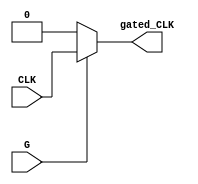
module clock_gating (
    input wire CLK,      // Main clock signal
    input wire G,       // Gating signal
    output wire gated_CLK // Gated clock signal to memory block
);

// Internal signals for PMOS and NMOS control
wire nG; // Inverted gating signal

// Invert the gating signal for NMOS control
assign nG = ~G;

// PMOS transistor implementation
// When G is high, PMOS is ON, allowing CLK to pass
// When G is low, PMOS is OFF, blocking CLK
wire pmos_out;
assign pmos_out = G ? CLK : 1'bz; // PMOS behavior

// NMOS transistor implementation
// When nG (inverted G) is low, NMOS is ON, allowing CLK to pass
// When nG is high, NMOS is OFF, blocking CLK
wire nmos_out;
assign nmos_out = nG ? 1'b0 : pmos_out; // NMOS behavior

// Final gated clock output
assign gated_CLK = nmos_out;

endmodule